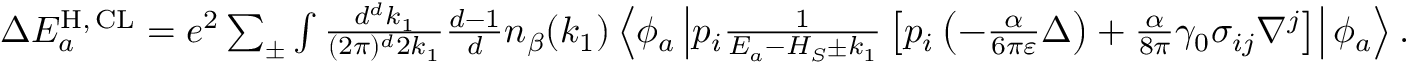
\begin{array} { r } { \Delta E _ { a } ^ { \mathrm { H } , \, \mathrm { C L } } = e ^ { 2 } \sum _ { \pm } \int \frac { d ^ { d } k _ { 1 } } { ( 2 \pi ) ^ { d } 2 k _ { 1 } } \frac { d - 1 } { d } n _ { \beta } ( k _ { 1 } ) \left\langle \phi _ { a } \left| p _ { i } \frac { 1 } { E _ { a } - H _ { S } \pm k _ { 1 } } \left[ p _ { i } \left( - \frac { \alpha } { 6 \pi \varepsilon } \Delta \right) + \frac { \alpha } { 8 \pi } \gamma _ { 0 } \sigma _ { i j } \nabla ^ { j } \right] \right| \phi _ { a } \right\rangle . } \end{array}